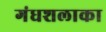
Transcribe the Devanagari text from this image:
गंधशलाका